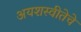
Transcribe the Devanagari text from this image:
अयशस्वीतेचे